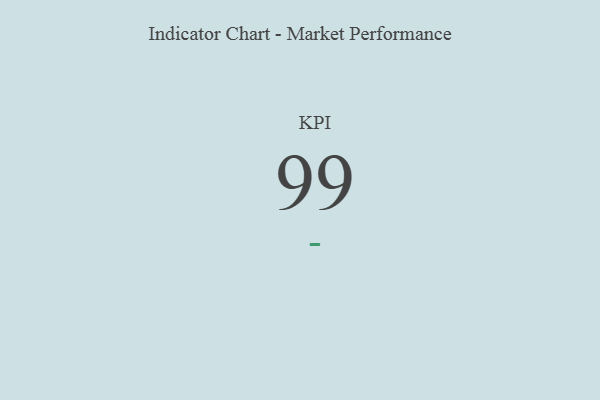
{"axis": {"x": "KPI", "y": "Value"}, "legend": [""], "data": [{"x": "KPI", "y": 99, "type": ""}]}